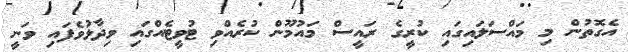
އެގޮތުން މި މައްސަލައިގައި ކުރީގެ ރައީސް މައުމޫން ކުރެއްވި ޓުވީޓެއްގައި ވިދާޅުވެފައި ވަނީ